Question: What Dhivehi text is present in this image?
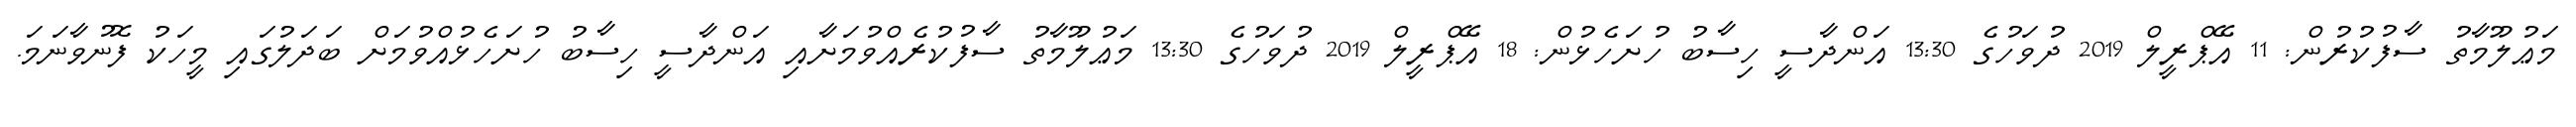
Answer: މަޢުލޫމާތު ސާފުކުރުން: 11 އޭޕްރީލް 2019 ދުވަހުގެ 13:30 އަންދާސީ ހިސާބު ހުށަހެޅުން: 18 އޭޕްރީލް 2019 ދުވަހުގެ 13:30 މަޢުލޫމާތު ސާފުކުރެއްވުމަށާއި އަންދާސީ ހިސާބު ހުށަހެޅުއްވުމަށް ބަދަލުގައި މީހަކު ފޮނުވާނަމަ.